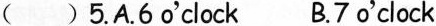
() 5.A.6 o'clock B.7 o'clock